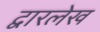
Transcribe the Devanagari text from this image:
द्वारलेख